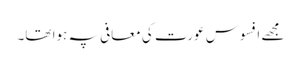
مجھے افسوس عورت کی معافی پہ ہوا تھا۔